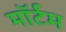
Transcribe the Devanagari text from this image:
मॉर्टम